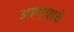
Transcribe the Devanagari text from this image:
आण्याचे